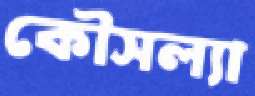
কৌসল্যা